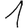
Digit: 1